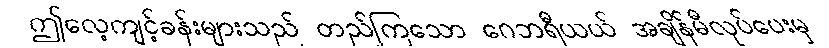
ဤလေ့ကျင့်ခန်းများသည် တည်ကြသော ဂေဘရီယယ် အချိန်မီလုပ်ပေးမှ